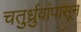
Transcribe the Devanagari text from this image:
चतुर्ध्रुवांपासून